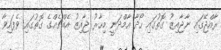
ރާއްޖޭގައި ނާޖާއިޒު ގޮތުގައި ހޯދާ އާމްދަނީ މިހާރު ޖާއިޒު އެއްޗެއްގެ ގޮތުގައި ވެފައިވާ